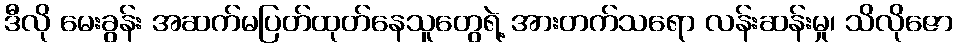
ဒီလို မေးခွန်း အဆက်မပြတ်ထုတ်နေသူတွေရဲ့ အားတက်သရော လန်းဆန်းမှု၊ သိလိုဇော